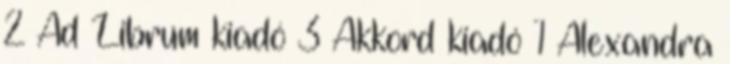
2 Ad Librum kiadó 3 Akkord kiadó 1 Alexandra